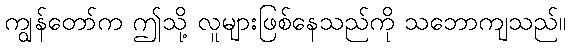
ကျွန်တော်က ဤသို့ လူများဖြစ်နေသည်ကို သဘောကျသည်။